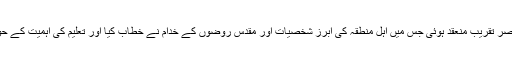
سکول میں ایک مختصر تقریب منعقد ہوئی جس میں اہل منطقہ کی آبرز شخصیات اور مقدس روضوں کے خدام نے خطاب کیا اور تعلیم کی اہمیت کے حوالے سے گفتگو کی۔